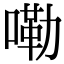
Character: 嘞